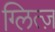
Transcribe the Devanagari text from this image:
ग्लित्ज़